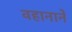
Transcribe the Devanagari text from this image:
वहानाने